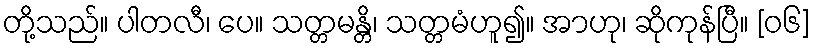
တို့သည်။ ပါတလီ၊ ပေ။ သတ္တမန္တိ၊ သတ္တမံဟူ၍။ အာဟု၊ ဆိုကုန်ပြီ။ [၀၆]